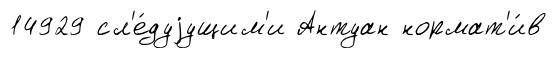
14929 сл'е́дуjущим'и Антуан нормат'и́в